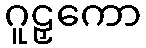
ဂူဠှကော